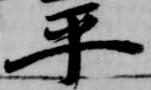
平